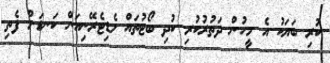
ކުރި ބަޔަކު އެ މީހުން ދަތުރުކުރި ކުދި ބޯޓުތައް މެޑިޓެރޭނިއަން ކަނޑަށް ފެތި